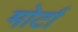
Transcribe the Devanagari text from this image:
मोर्टा